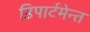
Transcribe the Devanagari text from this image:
डिपार्टमेन्त